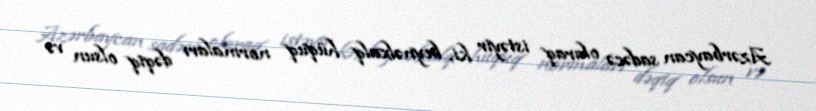
Azərbaycan sadəcə olaraq istəyir ki, beynəlxalq hüquq normaları dəqiq olsun və